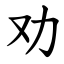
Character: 劝